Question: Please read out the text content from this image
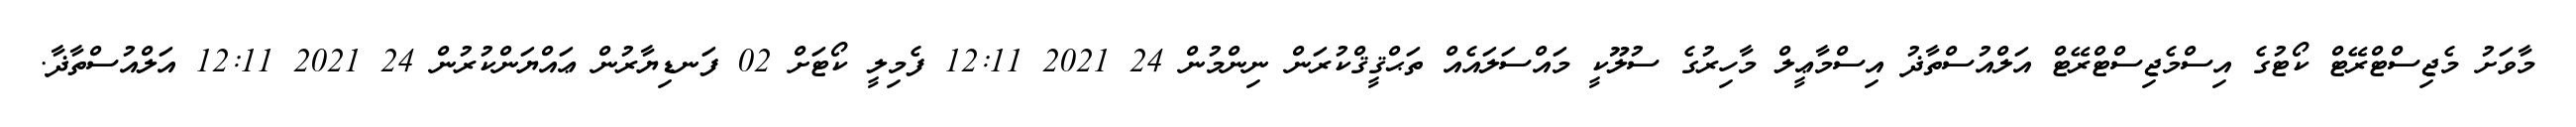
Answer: މާވަށު މެޖިސްޓްރޭޓް ކޯޓުގެ އިސްމެޖިސްޓްރޭޓް އަލްއުސްތާޛު އިސްމާޢީލް މާހިރުގެ ސުލޫކީ މައްސަލައެއް ތަޙްޤީޤްކުރަން ނިންމުން 24 2021 12:11 ފެމިލީ ކޯޓަށް 02 ފަނޑިޔާރުން ޢައްޔަންކުރުން 24 2021 12:11 އަލްއުސްތާޛާ.